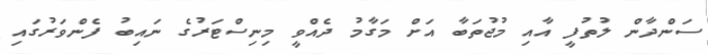
ސަންދާން ލުތުފީ އާއި މުޖުތަބާ އަށް މަގާމު ދެއްވީ މިނިސްޓަރުގެ ނައިބު ފެންވަރުގައި